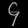
Digit: ၄